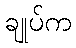
ချုပ်က